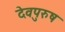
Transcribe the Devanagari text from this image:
देवपुरुष